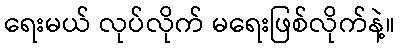
ရေးမယ် လုပ်လိုက် မရေးဖြစ်လိုက်နဲ့။